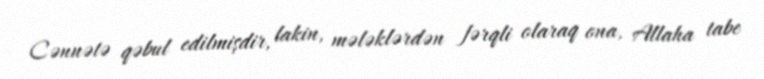
Cənnətə qəbul edilmişdir, lakin, mələklərdən fərqli olaraq ona, Allaha tabe